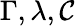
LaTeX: \Gamma,\lambda,\mathcal{C}